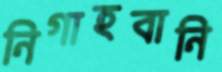
নিগাহবানি